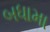
બધામા